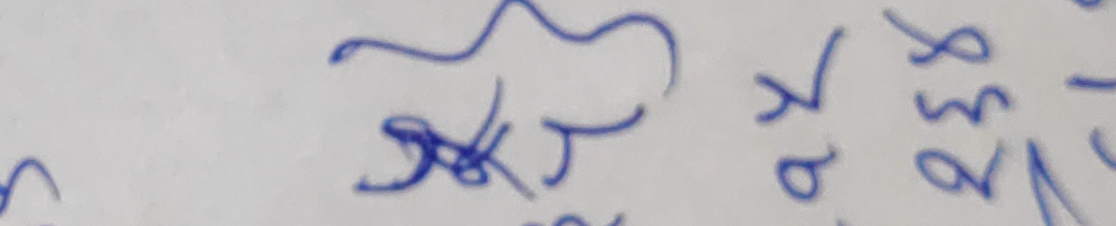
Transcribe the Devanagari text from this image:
पका र३४